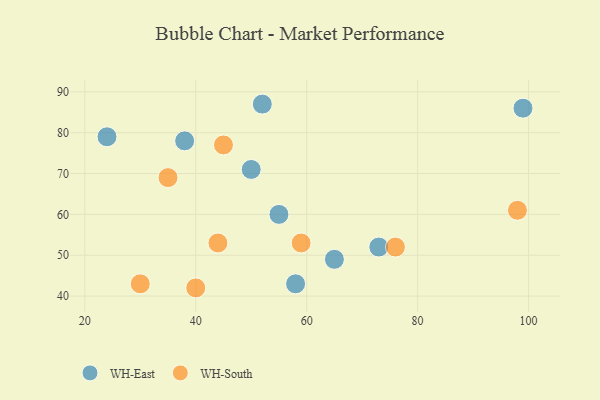
{"axis": {"x": "GDP", "y": "Life Expectancy"}, "legend": ["WH-East", "WH-South"], "data": [{"x": "52", "y": 87, "type": "WH-East"}, {"x": "24", "y": 79, "type": "WH-East"}, {"x": "38", "y": 78, "type": "WH-East"}, {"x": "73", "y": 52, "type": "WH-East"}, {"x": "58", "y": 43, "type": "WH-East"}, {"x": "99", "y": 86, "type": "WH-East"}, {"x": "50", "y": 71, "type": "WH-East"}, {"x": "55", "y": 60, "type": "WH-East"}, {"x": "65", "y": 49, "type": "WH-East"}, {"x": "44", "y": 53, "type": "WH-South"}, {"x": "45", "y": 77, "type": "WH-South"}, {"x": "59", "y": 53, "type": "WH-South"}, {"x": "98", "y": 61, "type": "WH-South"}, {"x": "40", "y": 42, "type": "WH-South"}, {"x": "35", "y": 69, "type": "WH-South"}, {"x": "76", "y": 52, "type": "WH-South"}, {"x": "30", "y": 43, "type": "WH-South"}]}